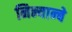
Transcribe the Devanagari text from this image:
निन्यान्बे